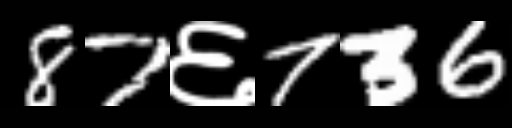
Text: 87६736